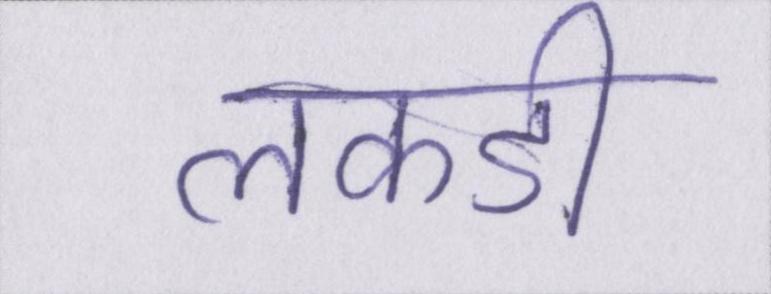
लकडी